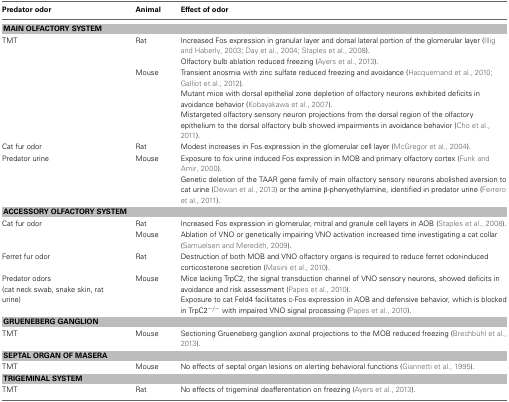
<table><thead><tr><td><b>Predator odor</b></td><td><b>Animal</b></td><td><b>Effect of odor</b></td></tr></thead><tbody><tr><td colspan="3"><b>MAIN OLFACTORY SYSTEM</b></td></tr><tr><td rowspan="5">TMT</td><td rowspan="2">Rat</td><td>Increased Fos expression in granular layer and dorsal lateral portion of the glomerular layer (Illig and Haberly, 2003; Day et al., 2004; Staples et al., 2008).</td></tr><tr><td>Olfactory bulb ablation reduced freezing (Ayers et al., 2013).</td></tr><tr><td rowspan="3">Mouse</td><td>Transient anosmia with zinc sulfate reduced freezing and avoidance (Hacquemand et al., 2010; Galliot et al., 2012).</td></tr><tr><td>Mutant mice with dorsal epithelial zone depletion of olfactory neurons exhibited deficits in avoidance behavior (Kobayakawa et al., 2007).</td></tr><tr><td>Mistargeted olfactory sensory neuron projections from the dorsal region of the olfactory epithelium to the dorsal olfactory bulb showed impairments in avoidance behavior (Cho et al., 2011).</td></tr><tr><td>Cat fur odor</td><td>Rat</td><td>Modest increases in Fos expression in the glomerular cell layer (McGregor et al., 2004).</td></tr><tr><td rowspan="2">Predator urine</td><td rowspan="2">Mouse</td><td>Exposure to fox urine induced Fos expression in MOB and primary olfactory cortex (Funk and Amir, 2000).</td></tr><tr><td>Genetic deletion of the TAAR gene family of main olfactory sensory neurons abolished aversion to cat urine (Dewan et al., 2013) or the amine β-phenyethylamine, identified in predator urine (Ferrero et al., 2011).</td></tr><tr><td colspan="3"><b>ACCESSORY OLFACTORY SYSTEM</b></td></tr><tr><td rowspan="2">Cat fur odor</td><td>Rat</td><td>Increased Fos expression in glomerular, mitral and granule cell layers in AOB (Staples et al., 2008).</td></tr><tr><td>Mouse</td><td>Ablation of VNO or genetically impairing VNO activation increased time investigating a cat collar (Samuelsen and Meredith, 2009).</td></tr><tr><td>Ferret fur odor</td><td>Rat</td><td>Destruction of both MOB and VNO olfactory organs is required to reduce ferret odor-induced corticosterone secretion (Masini et al., 2010).</td></tr><tr><td rowspan="2">Predator odors (cat neck swab, snake skin, rat urine)</td><td rowspan="2">Mouse</td><td>Mice lacking TrpC2, the signal transduction channel of VNO sensory neurons, showed deficits in avoidance and risk assessment (Papes et al., 2010).</td></tr><tr><td>Exposure to cat Feld4 facilitates c-Fos expression in AOB and defensive behavior, which is blocked in TrpC2<sup>−/−</sup> with impaired VNO signal processing (Papes et al., 2010).</td></tr><tr><td colspan="3"><b>GRUENEBERG GANGLION</b></td></tr><tr><td>TMT</td><td>Mouse</td><td>Sectioning Grueneberg ganglion axonal projections to the MOB reduced freezing (Brechbühl et al., 2013).</td></tr><tr><td colspan="3"><b>SEPTAL ORGAN OF MASERA</b></td></tr><tr><td>TMT</td><td>Mouse</td><td>No effects of septal organ lesions on alerting behavioral functions (Giannetti et al., 1995).</td></tr><tr><td colspan="3"><b>TRIGEMINAL SYSTEM</b></td></tr><tr><td>TMT</td><td>Rat</td><td>No effects of trigeminal deafferentation on freezing (Ayers et al., 2013).</td></tr></tbody></table>